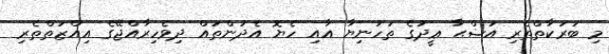
މި ބަރަކާތްތެރި އަޟްޙާ ޢީދުގެ ތަހުނިޔާ އާއި ހެޔޮ އެދުންތައް ދިވެހިރާއްޖޭގެ އިއްޒަތްތެރި